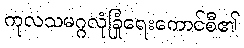
ကုလသမဂ္ဂလုံခြုံရေးကောင်စီ၏